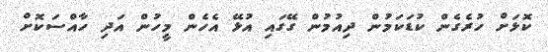
ކޮޅަށް ހުރެގެން ކުޑަކަމުން ދިއުމުން ގޭގައި އުޅޭ އެހެން މީހުން އަދި ހާއްސަކޮށް